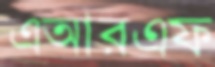
এআরএফ